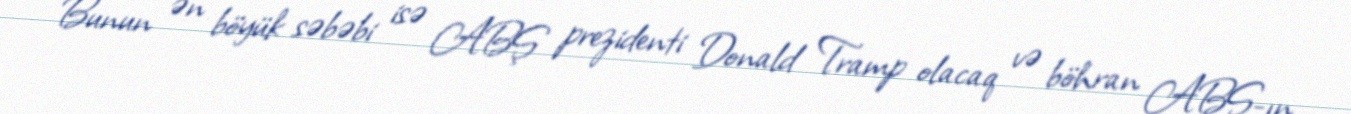
Bunun ən böyük səbəbi isə ABŞ prezidenti Donald Tramp olacaq və böhran ABŞ-ın